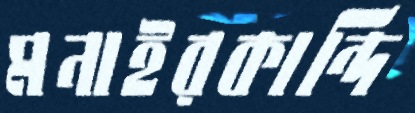
মনাইরকান্দি